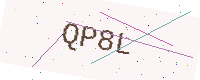
Text: QP8L